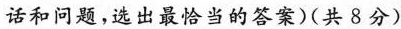
话和问题，选出最恰当的答案)(共 8分)